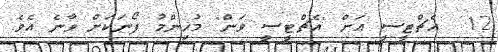
12  އެޗްޓީސީ އަށް "އެޗްޓީސީ ވަން" މުހިންމު ފޯނަކަށް ވާނެ އެވެ.